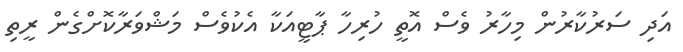
އަދި ސަރުކާރުން މިހާރު ވެސް އޮތީ ހުރިހާ ޕާޓީއަކާ އެކުވެސް މަޝްވަރާކޮށްގެން ރީތި